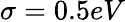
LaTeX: \sigma=0.5eV